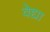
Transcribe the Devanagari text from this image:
वेद्या